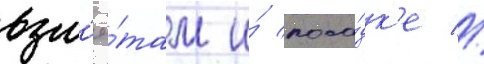
взл'ё́там и́ поса́дк'е //